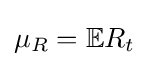
\mu _{R}=\mathbb {E} R_{t}